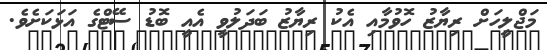
މަޖްލީހަށް ރިޔާޒު ހޮވުމާއި އެކު ރިޔާޒު ބަދަލުވީ އެއީ ބޮޑު ސޭޓްގެ އަޅަކަށެވެ.